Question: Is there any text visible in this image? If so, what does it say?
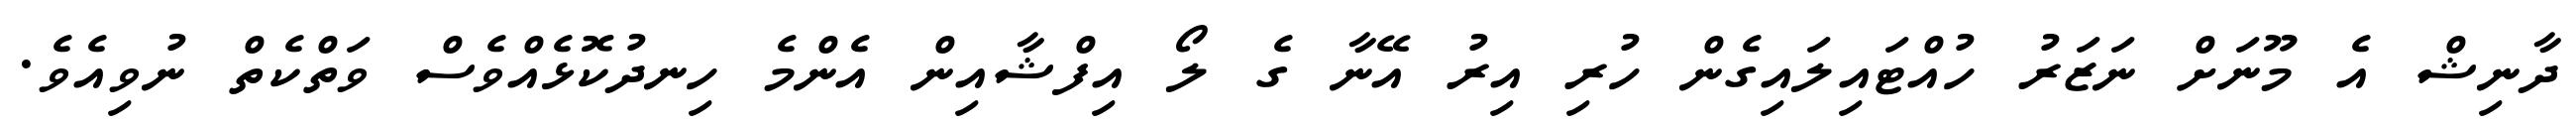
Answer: ދާނިޝް އެ މޫނަށް ނަޒަރު ހުއްޓައިލައިގެން ހުރި އިރު އޭނާ ގެ ލޯ އިފްޝާއިން އެންމެ ހިނދުކޮޅެއްވެސް ވަތްކެތް ނުވިއެވެ.